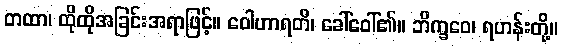
တထာ၊ ထိုထိုအခြင်းအရာဖြင့်။ ဝေါဟာရတိ၊ ခေါ်ဝေါ်၏။ ဘိက္ခဝေ၊ ရဟန်းတို့။